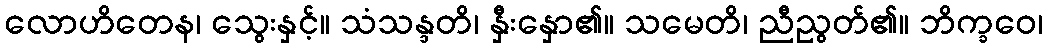
လောဟိတေန၊ သွေးနှင့်။ သံသန္ဒတိ၊ နှီးနှော၏။ သမေတိ၊ ညီညွတ်၏။ ဘိက္ခဝေ၊